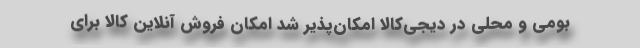
بومی و محلی در دیجی‌کالا امکان‌پذیر شد امکان فروش آنلاین کالا برای